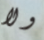
ولا